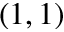
( 1 , 1 )